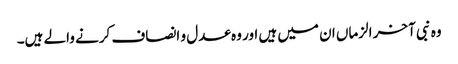
وہ نبی آخر الزماں ان میں ہیں اور وہ عدل و انصاف کرنے والے ہیں۔